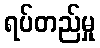
ရပ်တည်မှု